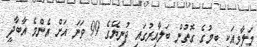
މަލާވީއަކީ ބިމުގެ ގޮތުން ބަލާއިރުގައި ދުނިޔޭގެ 99 ވަނަ އަށް އެންމެ އާބާދީ